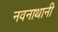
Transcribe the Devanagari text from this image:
नवनाथानी